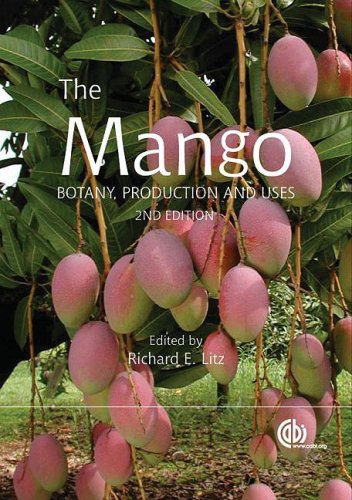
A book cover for The Mango: Botany, Production and Uses (Cabi); Science & Math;